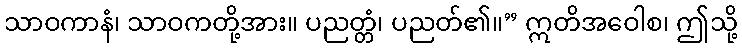
သာဝကာနံ၊ သာဝကတို့အား။ ပညတ္တံ၊ ပညတ်၏။” ဣတိအဝေါစ၊ ဤသို့